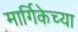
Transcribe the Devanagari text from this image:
मार्गिकेच्या